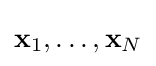
\mathbf {x} _{1},\ldots ,\mathbf {x} _{N}